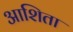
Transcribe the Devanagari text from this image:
आशिता